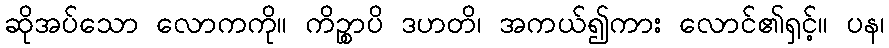
ဆိုအပ်သော လောကကို။ ကိဉ္စာပိ ဒဟတိ၊ အကယ်၍ကား လောင်၏ရှင့်။ ပန၊